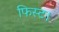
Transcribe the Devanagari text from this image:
फिस्ट।